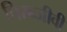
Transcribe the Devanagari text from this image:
चिरन्जीवी